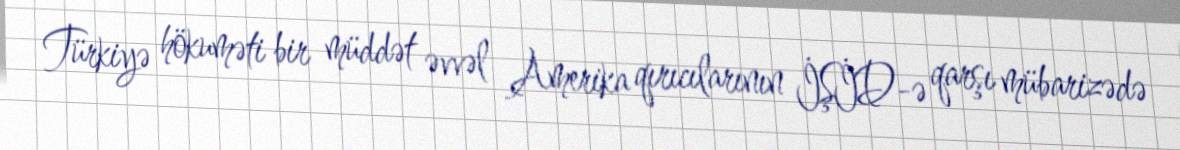
Türkiyə hökuməti bir müddət əvvəl Amerika qırıcılarının İŞİD-ə qarşı mübarizədə